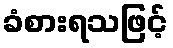
ခံစားရသဖြင့်